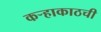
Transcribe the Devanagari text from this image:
कऱ्हाकाठची